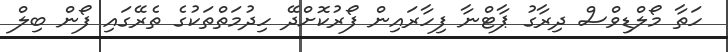
ހަތާ މޯލްޑިވްސް ދިރާގު ޕާޓްނާ ފިހާރައިން ފޯރުކޮށްދޭ ހިދުމަތްތަކުގެ ތެރޭގައި ފޯން ބިލް